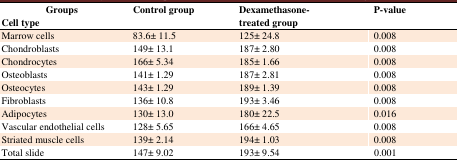
<table><thead><tr><td><b>Groups</b></td><td rowspan="2"><b>Control group</b></td><td rowspan="2"><b>Dexamethasone-treated group</b></td><td rowspan="2"><b>P-value</b></td></tr><tr><td><b>Cell type</b></td></tr></thead><tbody><tr><td>Marrow cells</td><td>83.6± 11.5</td><td>125± 24.8</td><td>0.008</td></tr><tr><td>Chondroblasts</td><td>149± 13.1</td><td>187± 2.80</td><td>0.008</td></tr><tr><td>Chondrocytes</td><td>166± 5.34</td><td>185± 1.66</td><td>0.008</td></tr><tr><td>Osteoblasts</td><td>141± 1.29</td><td>187± 2.81</td><td>0.008</td></tr><tr><td>Osteocytes</td><td>143± 1.29</td><td>189± 1.39</td><td>0.008</td></tr><tr><td>Fibroblasts</td><td>136± 10.8</td><td>193± 3.46</td><td>0.008</td></tr><tr><td>Adipocytes</td><td>130± 13.0</td><td>180± 22.5</td><td>0.016</td></tr><tr><td>Vascular endothelial cells</td><td>128± 5.65</td><td>166± 4.65</td><td>0.008</td></tr><tr><td>Striated muscle cells</td><td>139± 2.14</td><td>194± 1.03</td><td>0.008</td></tr><tr><td>Total slide</td><td>147± 9.02</td><td>193± 9.54</td><td>0.001</td></tr></tbody></table>